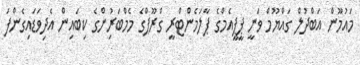
މައުމޫން އަބްދުލް ގައްޔޫމް ވަނީ ޕީޕީއެމްގެ ޕާލަމެންޓްރީ ގްރޫޕްގެ މެމްބަރުިންގެ ކިބައިން އެދިވަޑައިގެންފަ